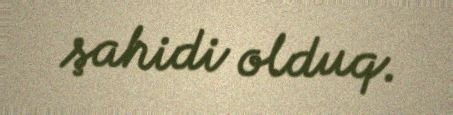
şahidi olduq.